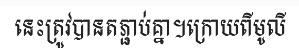
នេះត្រូវបានតភ្ជាប់គ្នា។ក្រោយពីមូលី